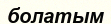
болатым